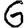
Digit: 6